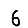
Digit: 6